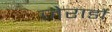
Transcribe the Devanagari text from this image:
जेरार्डो